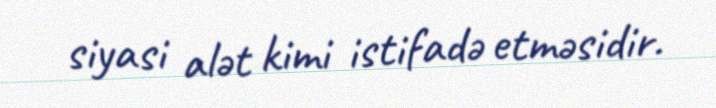
siyasi alət kimi istifadə etməsidir.